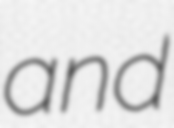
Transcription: and